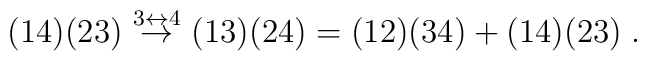
(14)(23) \ {\stackrel{3\leftrightarrow 4}{\rightarrow}}\ (13)(24) = (12)(34)  + (14)(23)\;.